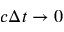
c \Delta t \to 0